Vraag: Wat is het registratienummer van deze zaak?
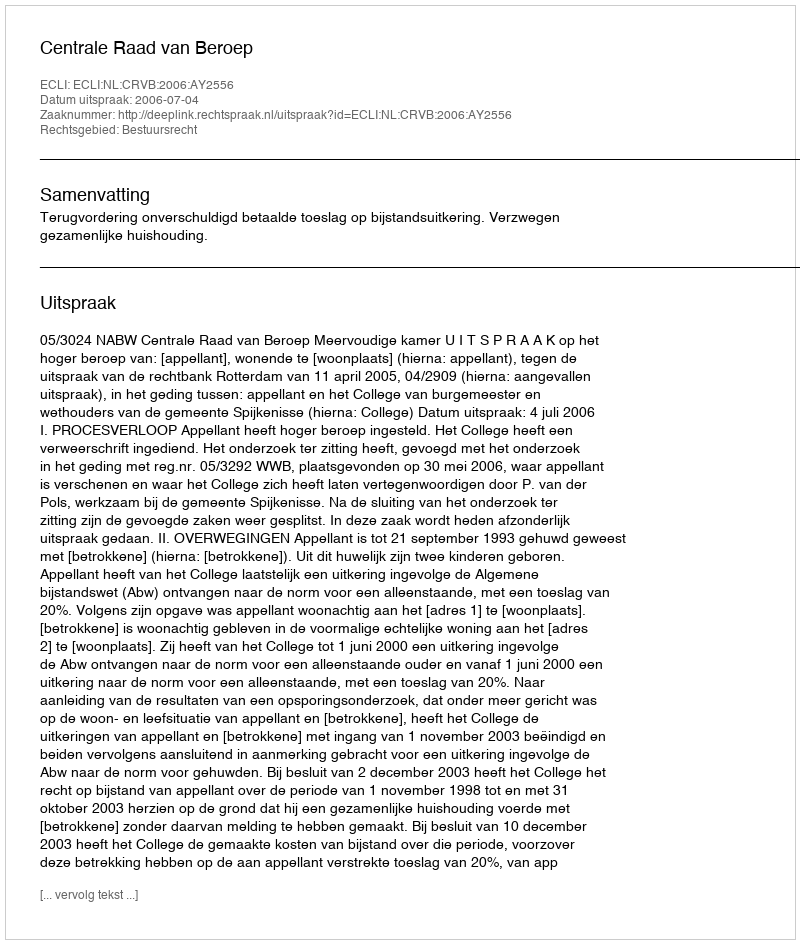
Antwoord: http://deeplink.rechtspraak.nl/uitspraak?id=ECLI:NL:CRVB:2006:AY2556